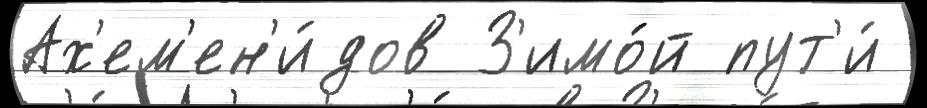
Ах'ем'ен'и́дов З'имо́й пут'и́